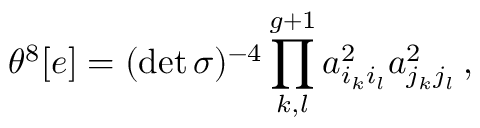
\theta ^ { 8 } [ e ] = ( \operatorname * { d e t } { \sigma } ) ^ { - 4 } \prod _ { k , l } ^ { g + 1 } a _ { i _ { k } i _ { l } } ^ { 2 } a _ { j _ { k } j _ { l } } ^ { 2 } \, ,